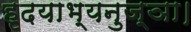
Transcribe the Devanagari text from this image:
हृदयाभ्यनुज्ञा।